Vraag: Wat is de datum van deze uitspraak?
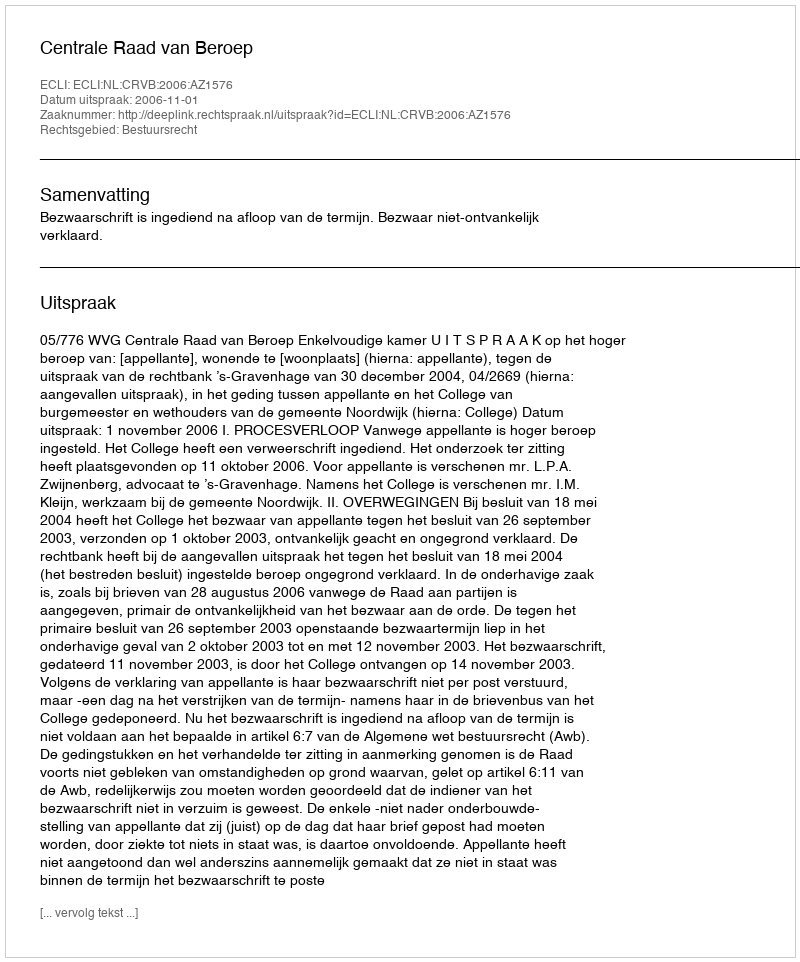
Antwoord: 2006-11-01